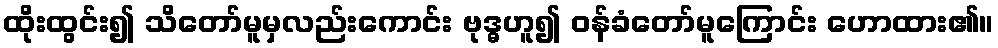
ထိုးထွင်း၍ သိတော်မူမှလည်းကောင်း ဗုဒ္ဓဟူ၍ ဝန်ခံတော်မူကြောင်း ဟောထား၏။